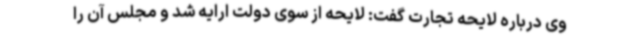
وی درباره لایحه تجارت گفت: لایحه از سوی دولت ارایه شد و مجلس آن را